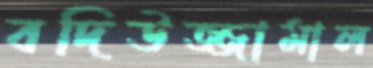
বদিউজ্জামাল